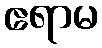
ဧရာမ